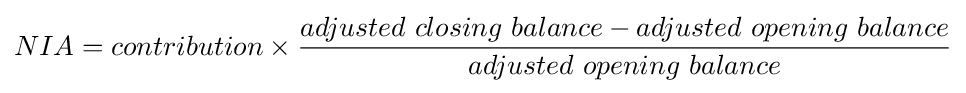
NIA=contribution\times {\frac {adjusted\ closing\ balance-adjusted\ opening\ balance}{adjusted\ opening\ balance}}